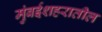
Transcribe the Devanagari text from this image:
मुंबईशहरातील